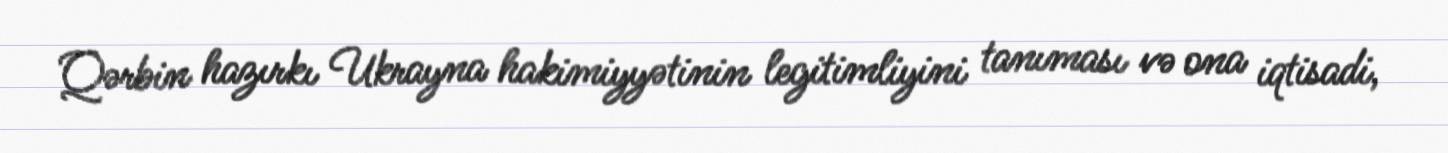
Qərbin hazırkı Ukrayna hakimiyyətinin legitimliyini tanıması və ona iqtisadi,